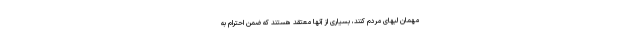
مهمان لبهای مردم کنند، بسیاری از آنها معتقد هستند که ضمن احترام به